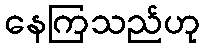
နေကြသည်ဟု